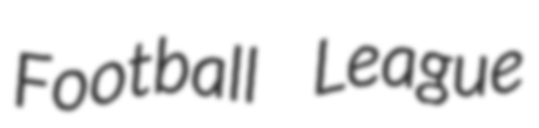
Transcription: Football League